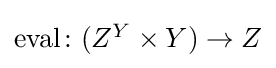
{\textstyle \mathrm {eval} \colon (Z^{Y}\times Y)\to Z}